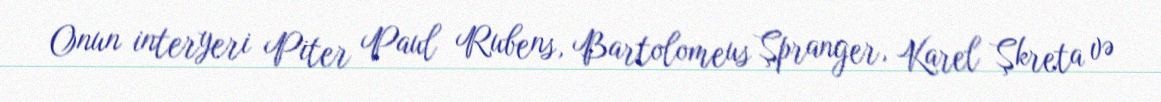
Onun interyeri Piter Paul Rubens, Bartolomeus Şpranger, Karel Şkreta və